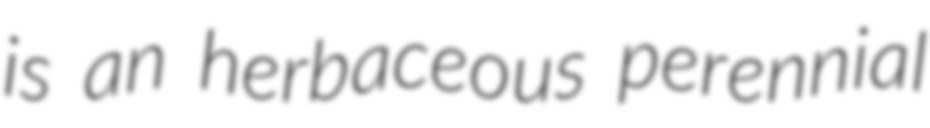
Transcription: is an herbaceous perennial